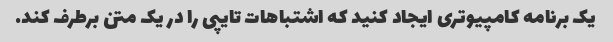
یک برنامه کامپیوتری ایجاد کنید که اشتباهات تایپی را در یک متن برطرف کند.